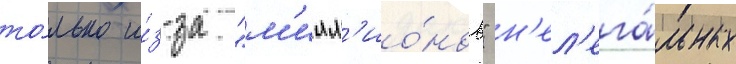
то́лько и́з-за "м'илл'ио́нов" н'ел'ега́льных